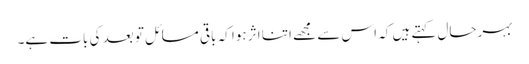
بہرحال کہتے ہیں کہ اس سے مجھے اتنا اثر ہوا کہ باقی مسائل تو بعد کی بات ہے۔